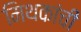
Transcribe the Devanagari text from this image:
मिथकांची